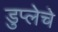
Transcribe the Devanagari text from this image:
डुप्लेचे